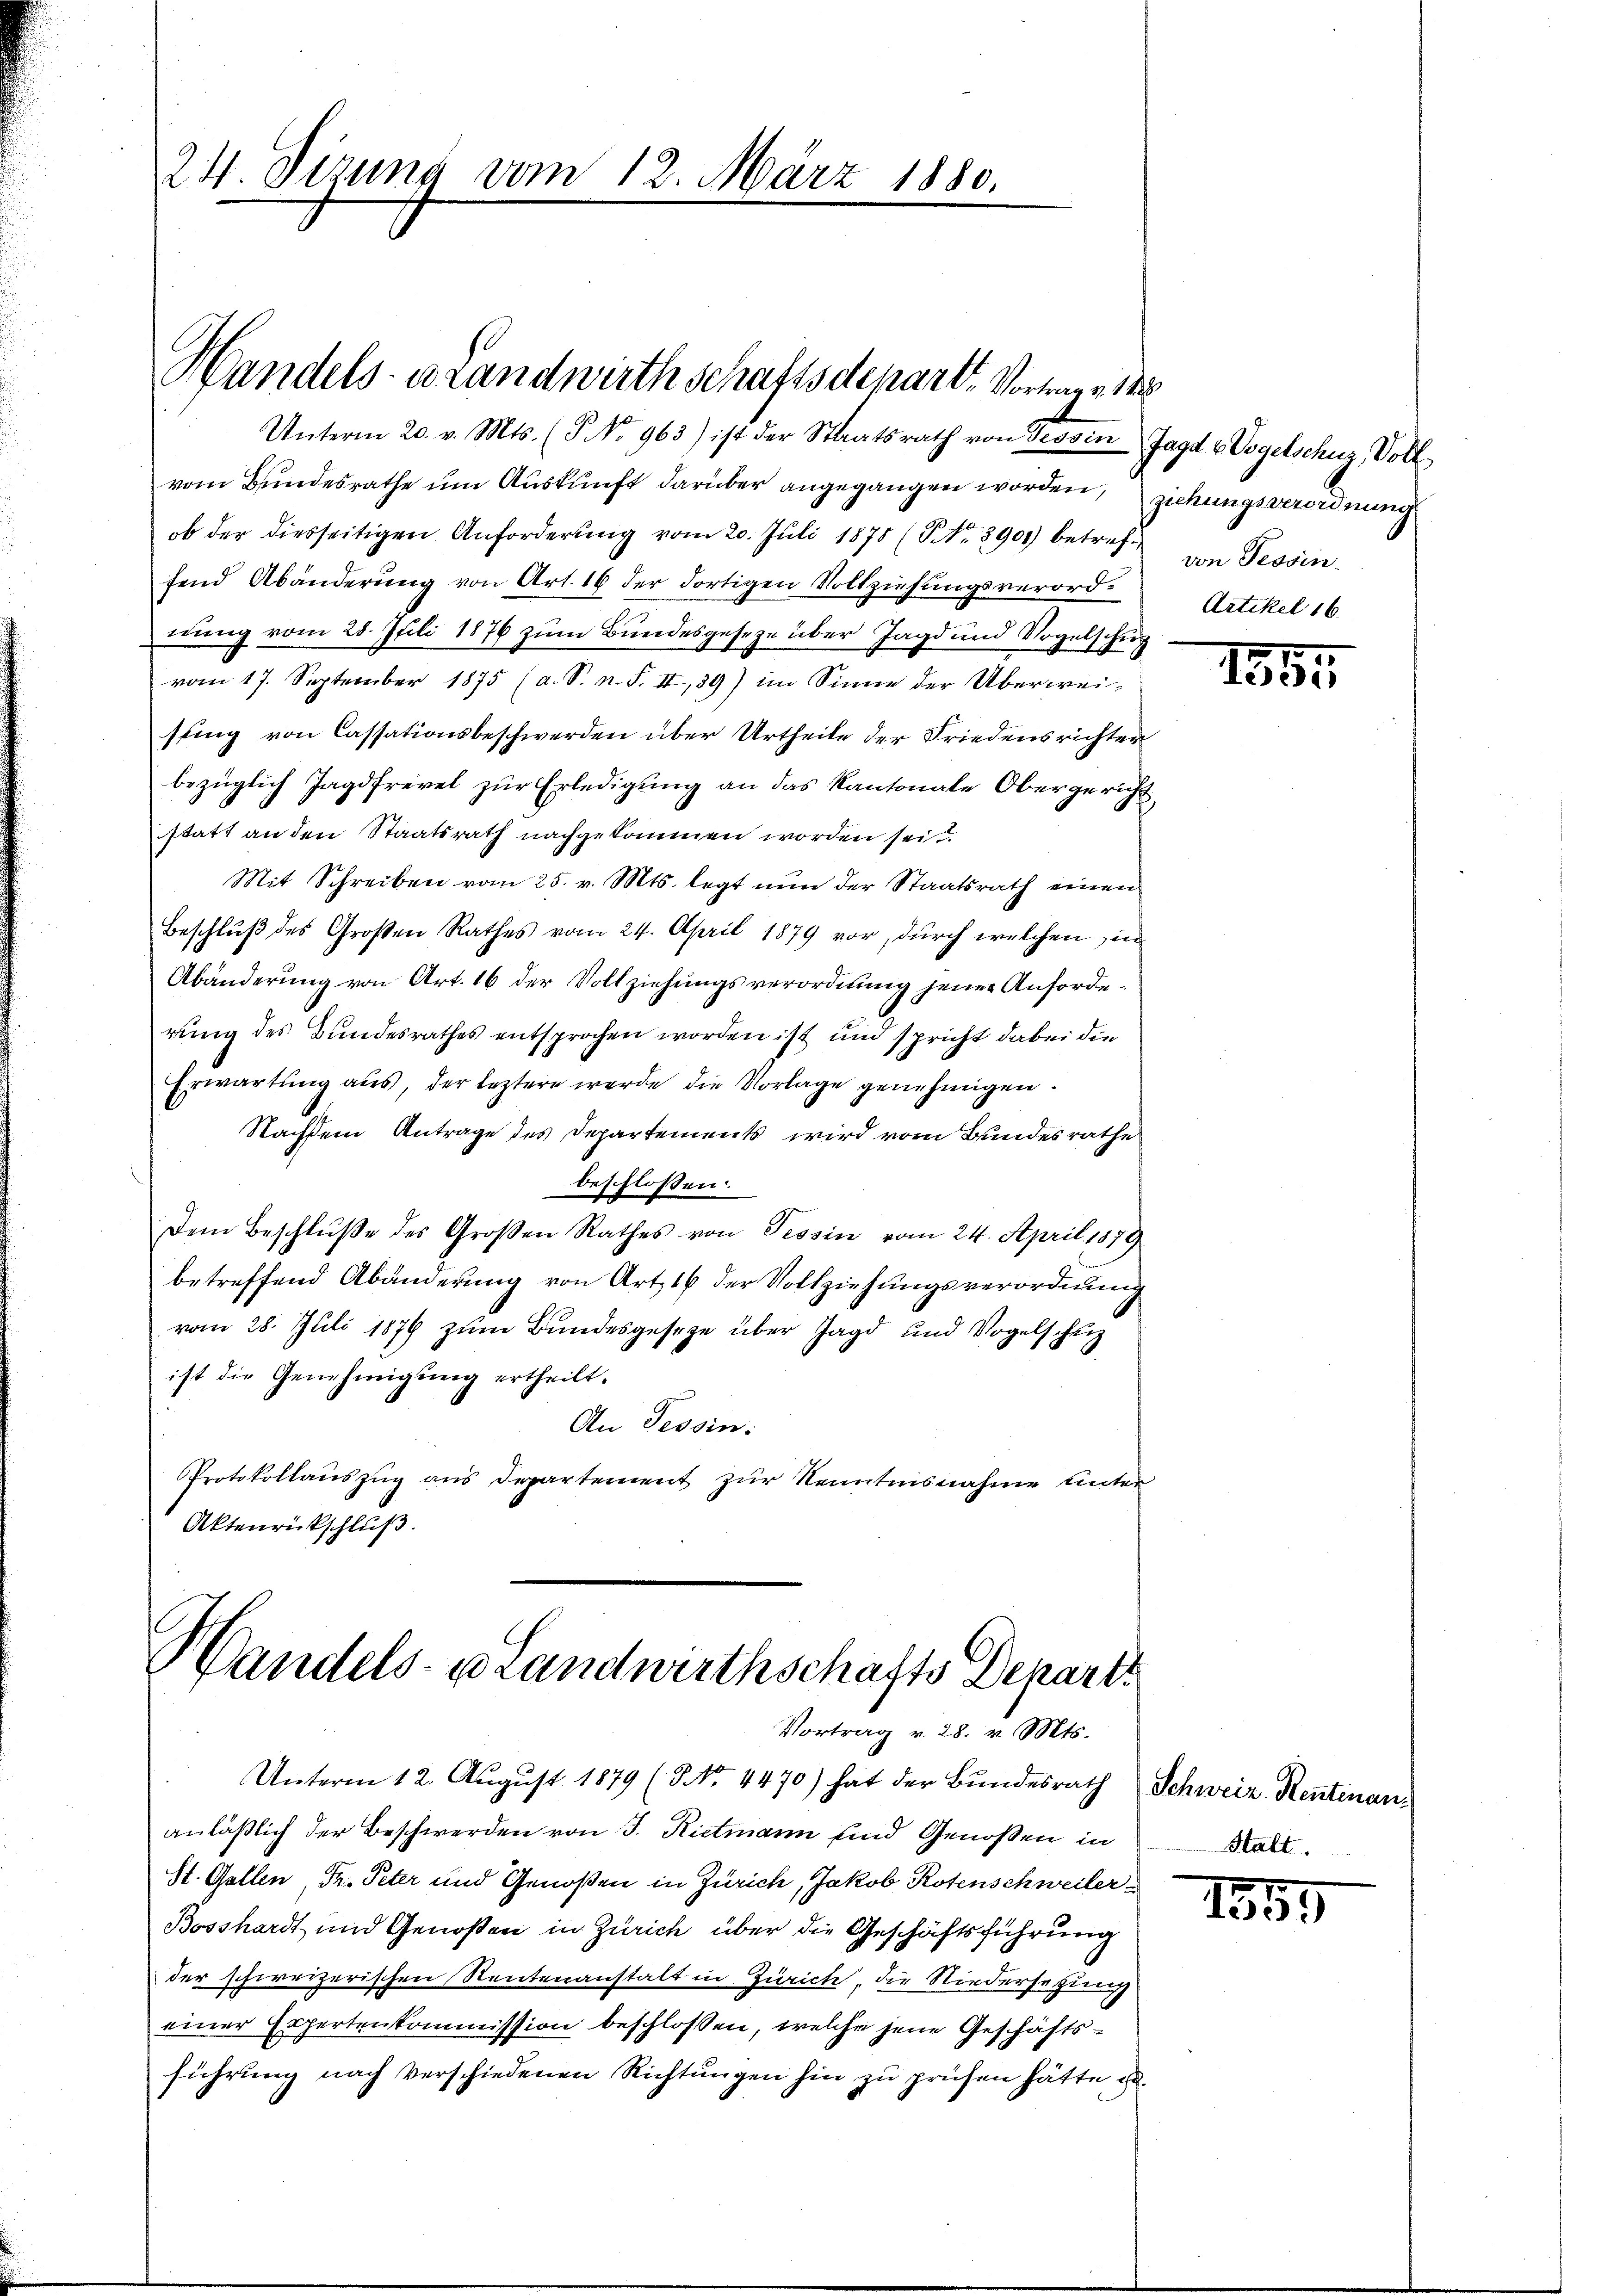
Unterm 20. v. Mts. (T No 963) ist der Staatsrath von Tessin Jagd v Vogelschuz Voll
vom Bundesrathe um Auskunft darüber angegangen worden, ziehungsverordnung
ob der diesseitigen Anforderŭng vom 20. Juli 1875 (Nr. 3900) betreff von Tessin
fend Abänderung von Art. 19 der dortigen Vollziehungsverordnung vom 28. Juli 1876 zum Bundesgeseze über Jagd und Vogelschu
vom 17. September 1875 (a. S. n. F. II,39) im Sinne der Überweisung von Cassationsbeschwerden über Urtheile der Friedensrichter
bezüglich Jagdfrevel zur Erledigung an das Kantonale Obergericht
statt an den Staatsrath nachgekommen worden sei.
Mit Schreiben vom 25. v. Mts. legt nun der Staatsrath einen
Beschluß des Großen Rathes vom 24. April 1879 vor, durch welchen in
Abänderung von Art. 16 der Vollziehungsverordnung jener Anforderung des Bundesrathes entsprochen worden ist und spricht dabei die
Erwartung aus, der leztere werde die Vorlage genehmigen.
Nachdem Antrage des Departements wird vom Bundesrathe
beschlossen:
Dem Beschluße des Großen Rathes von Tessin vom 24. April 1879
betreffend Abänderung von Art. 16 der Vollziehungsverordnung
vom 28. Juli 1879 zum Bundesgesetze über Jagd und Vogelschuz
ist die Genehmigung ertheilt.
An Tessin:
Protokollaŭszŭg ans Departement zŭr Kenntnisnahme unter
Aktenrückschluß.

24 Dizung vom 12. März 1880.

Handels- u Landwirthschaftsdepart. Vortrage 1

Handels- u. Landwirthschafts Departs
Vortrag v. 28. v. Mts.

Unterm 12. August 1879 (NNo. 4470) hat der Bundesrath Schweiz. Rentenananläßlich der Beschwerden von J. Rittmann und Genoßen in
St. Gallen, Fr. Peter und Genoßen in Zürich, Jakob Rotenschweiler-
Bosshardt und Genoßen in Zürich über die Geschäftsführung
der schweizerischen Reutenanstalt in Zürich, die Niedersetzung
einer Expertenkommission beschlossen, welche jene Geschäftsführung nach verschiedenen Richtŭngen hin zu prüfen hätte u.

Artikel 16.

1865

Stalt.

1859